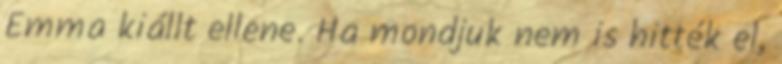
Emma kiállt ellene. Ha mondjuk nem is hitték el,